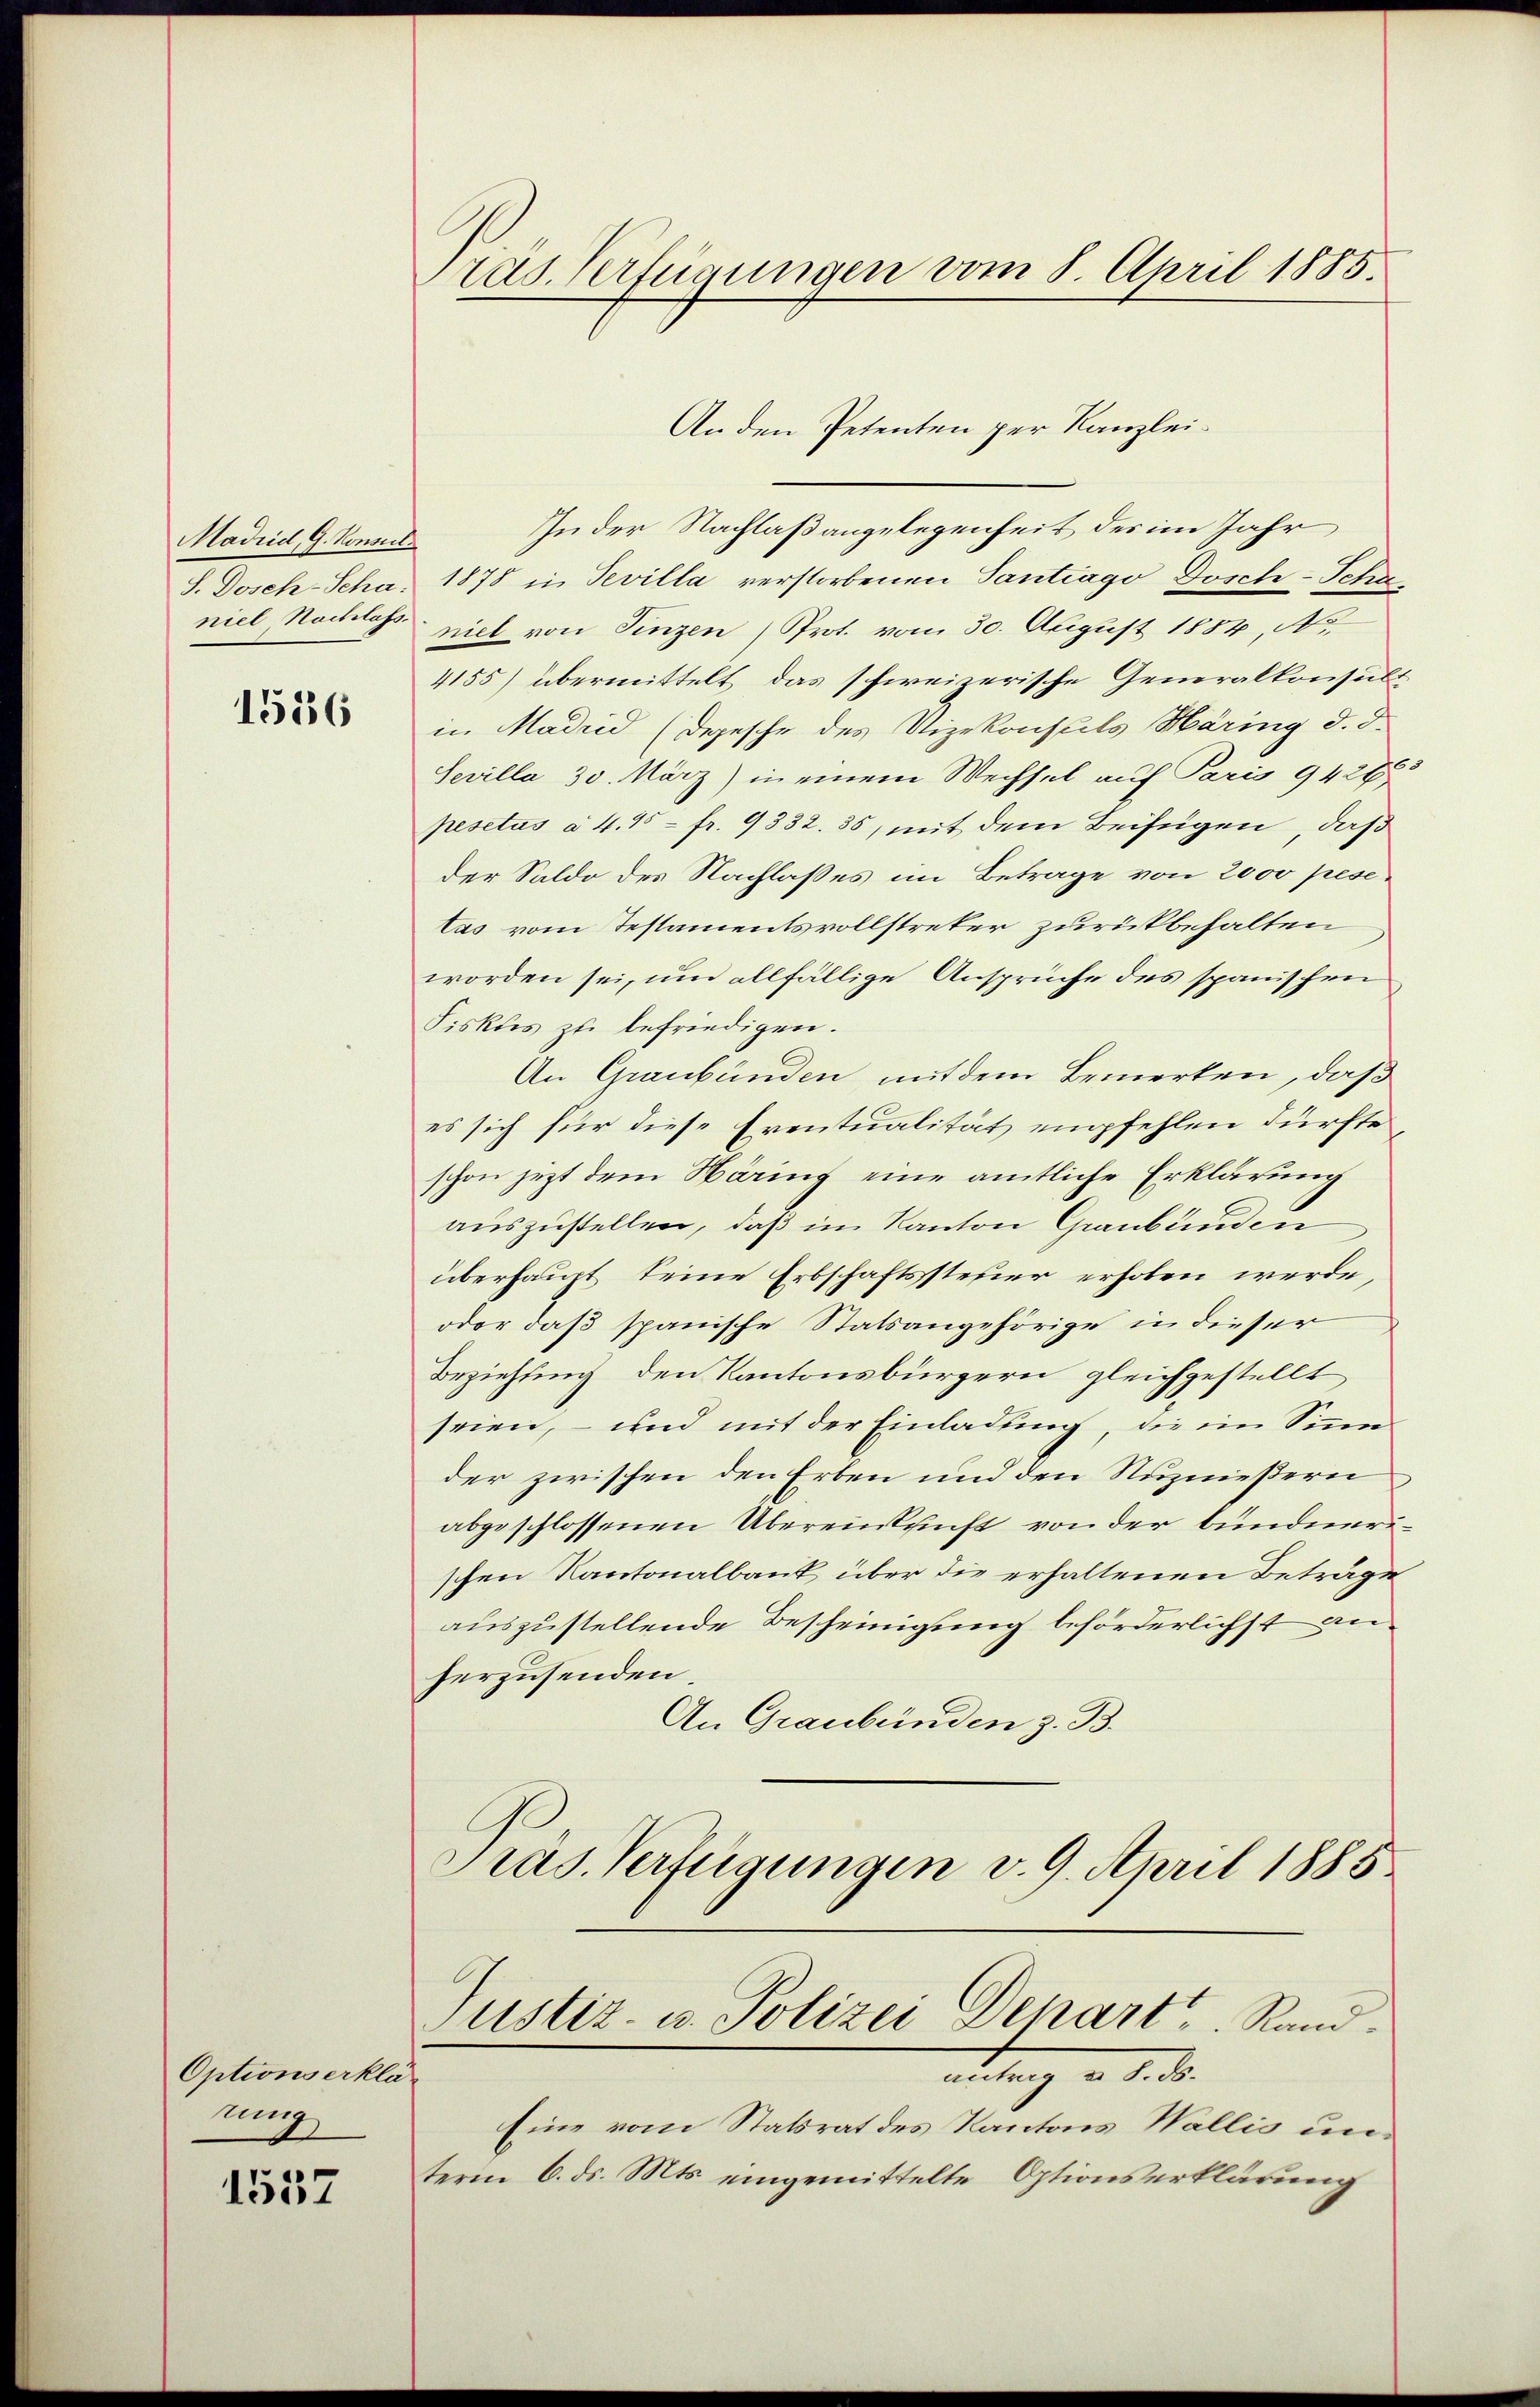
Madrid, G. Konsul
S. Dosch-Scha
niel Nachlass.

1536

Optionserklämig

1557

rad. Verfügungen vom 8. April 1885.

An den Petenten per Kanzlei¬
In der Nachlaßangelegenheit des im Jahr
1878 in Tevilla verstorbenen Tantrago Dosch-Schrniel von Finzen (Prot. vom 30. August 1884, No.
4155) übermittelt das schweizerische Generalkonsult
in Madrid (Depesche des Vizekonsuls Märing d. d.
Sevilla 30. März) in einem Wechsel auf Paris 94288
pesctus à 4. 15 - fr. 9332. 35, mit dem Beifügen, daß
der Saldo des Nachlaßes im Betrage von 2000 pesetas vom Testamentsvollstreker zurückbehalten
worden sei, um allfällige Ansprüche des spanischen
Fiskus zu befriedigen.
An Graubünden mit dem Bemerken, daß
es sich für diese Eventualität empfehlen dürfte
schon jezt dem Näring eine amtliche Erklärung
auszustellen, daß im Kanton Graubünden
überhaupt keine Erbschaftssteuer erhoben werde
oder daß spanische Statsangehörige in dieser
Beziehung den Kantonsbürgern gleichgestellt
seien, – und mit der Einladung, die im Sinn
der zwischen den Erben und den Nuznießern
abgeschlossenen Übereinkunft von der bundenerischen Kantonalbank über die erhaltenen Beträge
auszustellende Bescheinigung beförderlichst anherzusenden.
An Graubünden z. B.
Präs. Verfügungen v. 9. April 1888
Justiz- u. Polizei Denart, Rand
antrag d. d. d.
Eine vom Statsrat des Kantons Wallis unterm 6. ds. Mts. eingemittelte Optionserklärung